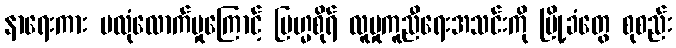
နာရေးကား မလုံလောက်မှုကြောင့် ဗြဟ္မစိုရ် လူမှုကူညီရေးအသင်းကို မြို့ခံတွေ စုစည်း